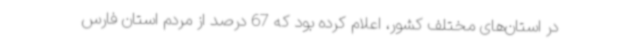
در استان‌های مختلف کشور، اعلام کرده بود که 67 درصد از مردم استان فارس